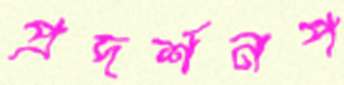
প্রদর্শনপ